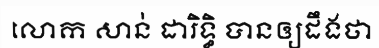
លោក សាន់ ដារិទ្ធិ បានឲ្យដឹងថា